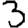
Digit: 3